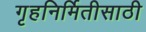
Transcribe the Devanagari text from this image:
गृहनिर्मितीसाठी